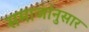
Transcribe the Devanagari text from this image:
समाजांनुसार